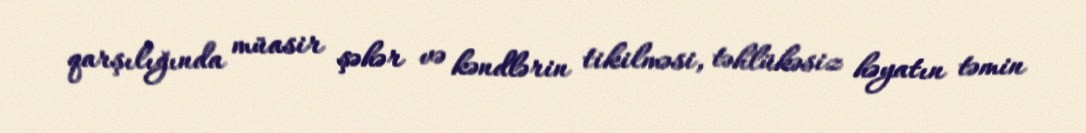
qarşılığında müasir şəhər və kəndlərin tikilməsi, təhlükəsiz həyatın təmin